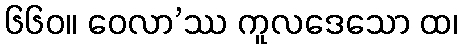
၆၆၀။ ဝေလာ’ဿ ကူလဒေသော ထ၊